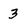
Character: 3